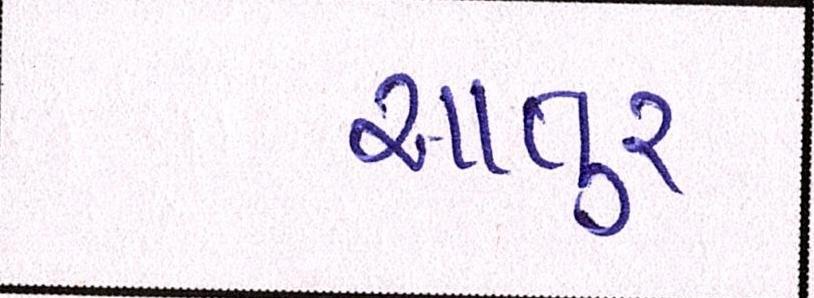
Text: આતુર